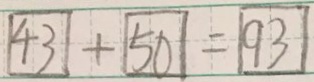
\boxed { 4 3 } + \boxed { 5 0 } = \boxed { 9 3 }